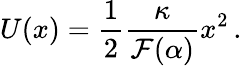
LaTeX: U(x)=\frac{1}{2}\frac{\kappa}{\mathcal{F}(\alpha)}x^{2}\, .